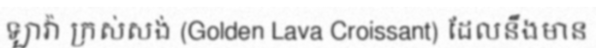
ឡាវ៉ា ក្រស់សង់ (Golden Lava Croissant) ដែលនឹងមាន